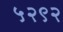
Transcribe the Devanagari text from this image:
५२९२